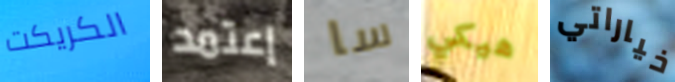
الكريكت إعتمد سا هيكي خياراتي